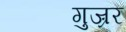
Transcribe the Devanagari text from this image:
गुज़्रर